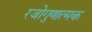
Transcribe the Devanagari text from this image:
रजोगुणात्मक